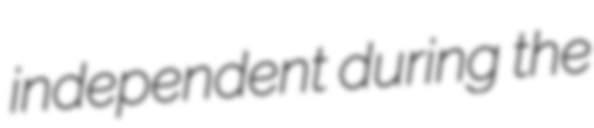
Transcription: independent during the